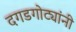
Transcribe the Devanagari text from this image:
दगडगोट्यांनी